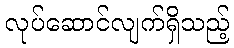
လုပ်ဆောင်လျက်ရှိသည့်